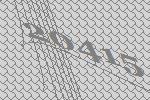
20415